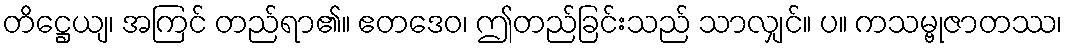
တိဋ္ဌေယျ၊ အကြင် တည်ရာ၏။ ဧတဒေဝ၊ ဤတည်ခြင်းသည် သာလျှင်။ ပ။ ကသမ္ဗုဇာတဿ၊